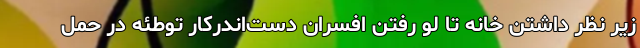
زیر نظر داشتنِ خانه تا لو رفتنِ افسرانِ دست‌اندرکارِ توطئه در حملِ